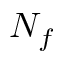
N _ { f }